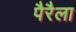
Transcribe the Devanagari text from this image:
पैरैला